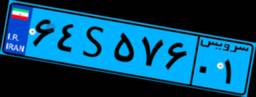
۹۸S۳۴۲۶۲